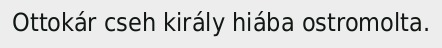
Ottokár cseh király hiába ostromolta.